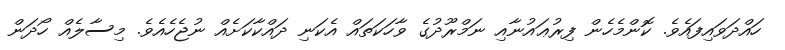
ހައްދަވައިފައެވެ. ކޮންމެހެން ފިރުޢައުނާއި ނަމްރޫދުގެ ވާހަކަތައް އެކަނި ދައްކާކަށެއް ނުޖެހެއެވެ. މިސާލެއް ހޯދަން